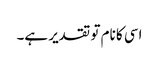
اسی کا نام تو تقدیر ہے۔